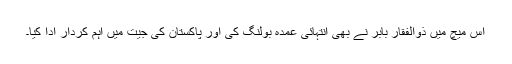
اس میچ میں ذوالفقار بابر نے بھی انتہائی عمدہ بولنگ کی اور پاکستان کی جیت میں اہم کردار ادا کیا۔